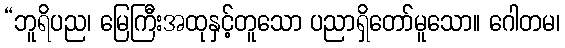
“ဘူရိပည၊ မြေကြီးအထုနှင့်တူသော ပညာရှိတော်မူသော။ ဂေါတမ၊